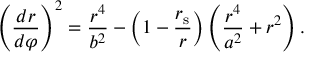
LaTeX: \left( { \frac { d r } { d \varphi } } \right) ^ { 2 } = { \frac { r ^ { 4 } } { b ^ { 2 } } } - \left( 1 - { \frac { r _ { \mathrm { { s } } } } { r } } \right) \left( { \frac { r ^ { 4 } } { a ^ { 2 } } } + r ^ { 2 } \right) .